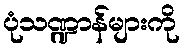
ပုံသဏ္ဍာန်များကို